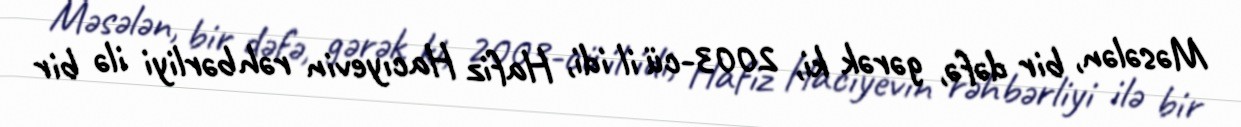
Məsələn, bir dəfə, gərək ki, 2003-cü il idi, Hafiz Hacıyevin rəhbərliyi ilə bir